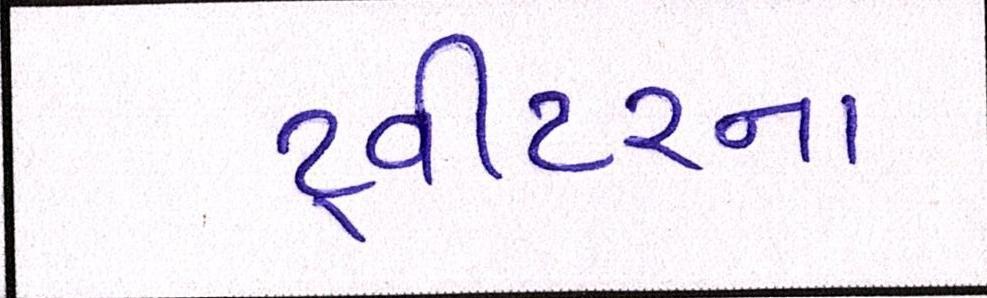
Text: ટ્વીટરના